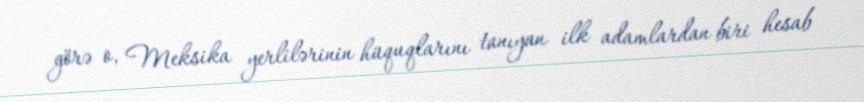
görə o, Meksika yerlilərinin hüquqlarını tanıyan ilk adamlardan biri hesab